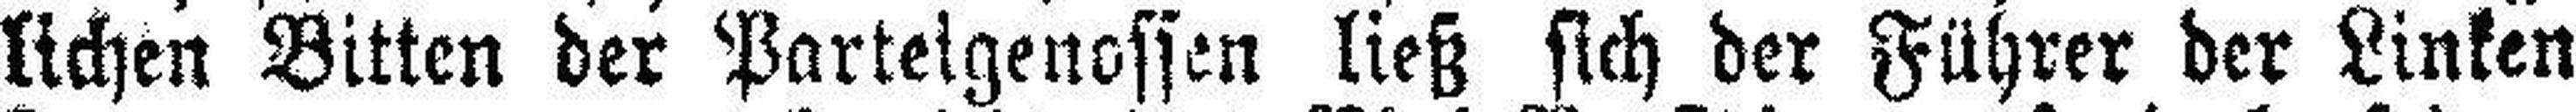
lichen Bitten der Parteigenossen ließ sich der Führer der Linken